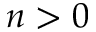
n > 0